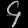
Digit: ၄